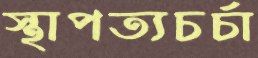
স্থাপত্যচর্চা